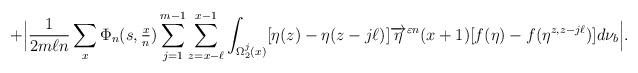
LaTeX: \begin{align*}+\Big| \frac{1}{2m \ell n}\sum_{x} \Phi_{n}(s,\tfrac{x}{n} ) \sum_{j=1}^{m-1} \sum_{z = x-\ell}^{x-1} \int_{\Omega_2^j(x)} [ \eta(z) - \eta(z - j \ell) ] \overrightarrow{\eta}^{\varepsilon n}(x+1) [f(\eta) - f(\eta^{z,z- j \ell}) ] d\nu_{b} \Big|.\end{align*}